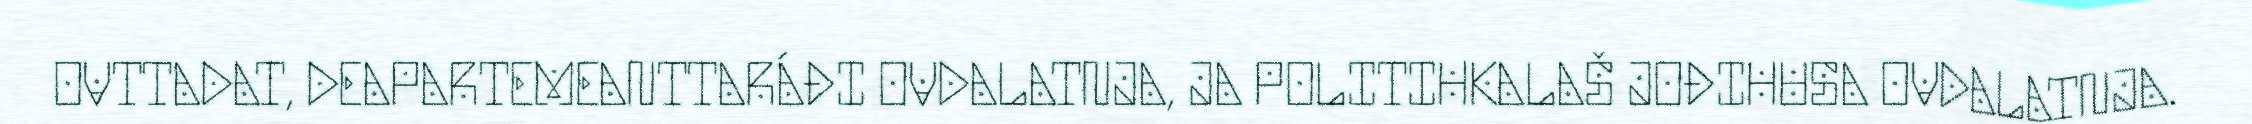
OVTTADAT, DEAPARTEMEANTTARÁĐI OVDALATNJA, JA POLITIHKALAŠ JOĐIHUSA OVDALATNJA.